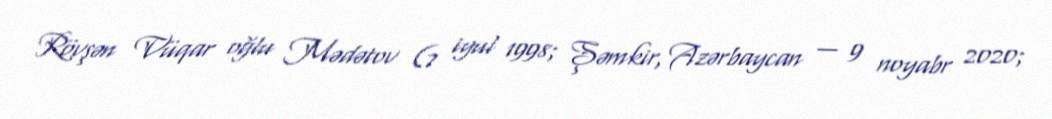
Rövşən Vüqar oğlu Mədətov (7 iyul 1998; Şəmkir, Azərbaycan — 9 noyabr 2020;